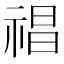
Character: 𥚕